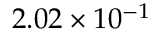
2 . 0 2 \times 1 0 ^ { - 1 }